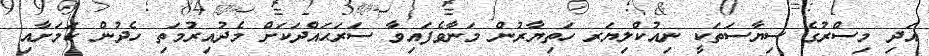
އަދި މިސްރުގެ ސިޔާސަތަކީ ނިއުކްލިޔަރ ހަތިޔާރުން މަނާވެފައިވާ ސަރަޙައްދަކަށް މެދުއިރުމަތި ހެދުން ކަމަށާއި